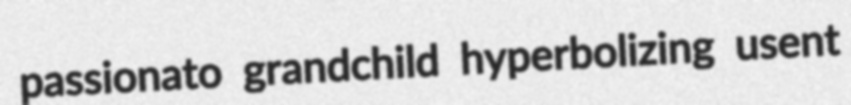
passionato grandchild hyperbolizing usent